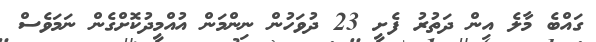
ގައްބެ މާލެ އިން ދަތުރު ފެށީ 23 ދުވަހުން ނިންމަން އުއްމީދުކޮށްގެން ނަމަވެސް